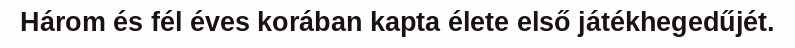
Három és fél éves korában kapta élete első játékhegedűjét.